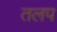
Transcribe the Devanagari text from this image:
तलप